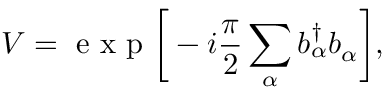
V = \mathrm { ~ e ~ x ~ p ~ } \bigg [ - i \frac { \pi } { 2 } \sum _ { \alpha } b _ { \alpha } ^ { \dagger } b _ { \alpha } \bigg ] ,